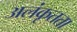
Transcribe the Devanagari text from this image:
अलंकृतता